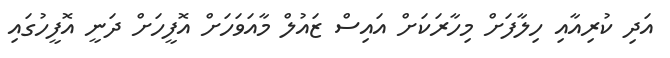
އަދި ކުރިއާއި ހިލާފަށް މިހާރަކަށް އައިސް ޒައުލް މާއަވަހަށް އޮފީހަށް ދަނީ އޮފީހުގައި